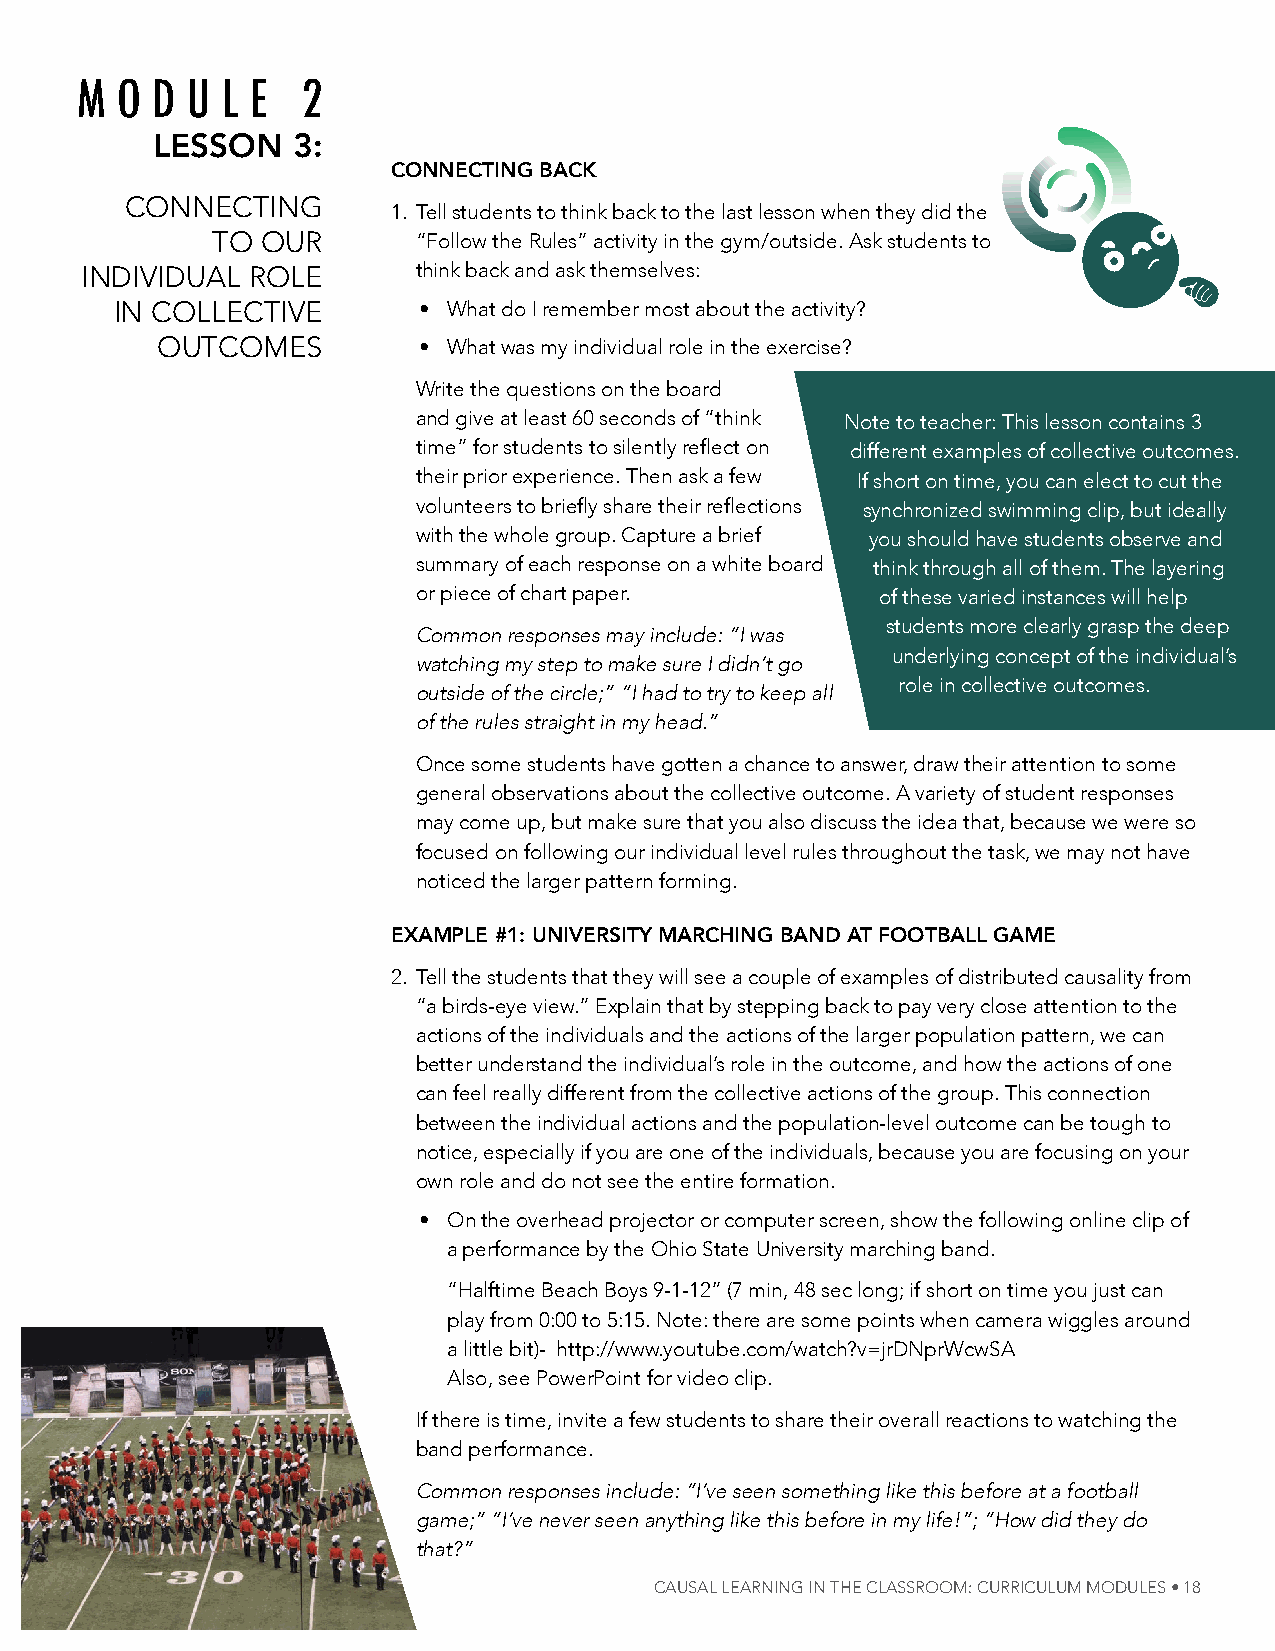
M  O D U  L E  2
 lesson   3:
 connecting bAck
 ConneCting
 1. tell students to think back to the last lesson when they did the
 to our        “Follow the rules” activity in the gym/outside. ask students to
 individual role        think back and ask themselves:
 in ColleCtive       • What do I remember most about the activity?
 outComes          • What was my individual role in the exercise?
 Write the questions on the board
 and give at least 60 seconds of “think note to teacher: this lesson contains 3
 time” for students to silently reflect on different examples of collective outcomes.
 their prior experience. then ask a few if short on time, you can elect to cut the
 volunteers to briefly share their reflections synchronized swimming clip, but ideally
 with the whole group. Capture a brief you should have students observe and
 summary of each response on a white board think through all of them. the layering
 or piece of chart paper.      of these varied instances will help
 students more clearly grasp the deep
 Common responses may include: “i was
 underlying concept of the individual’s
 watching my step to make sure i didn’t go
 role in collective outcomes.
 outside of the circle;” “i had to try to keep all
 of the rules straight in my head.”
 once some students have gotten a chance to answer, draw their attention to some
 general observations about the collective outcome. a variety of student responses
 may come up, but make sure that you also discuss the idea that, because we were so
 focused on following our individual level rules throughout the task, we may not have
 noticed the larger pattern forming.
 exAmple #1: university mArching bAnD At FootbAll gAme
 2. tell the students that they will see a couple of examples of distributed causality from
 “a birds-eye view.” explain that by stepping back to pay very close attention to the
 actions of the individuals and the actions of the larger population pattern, we can
 better understand the individual’s role in the outcome, and how the actions of one
 can feel really different from the collective actions of the group. this connection
 between the individual actions and the population-level outcome can be tough to
 notice, especially if you are one of the individuals, because you are focusing on your
 own role and do not see the entire formation.
 • on the overhead projector or computer screen, show the following online clip of
 a performance by the ohio state university marching band.
 “halftime Beach Boys 9-1-12” (7 min, 48 sec long; if short on time you just can
 play from 0:00 to 5:15. note: there are some points when camera wiggles around
 a little bit)- http://www.youtube.com/watch?v=jrDNprWcwSA
 also, see powerpoint for video clip.
 if there is time, invite a few students to share their overall reactions to watching the
 band performance.
 Common responses include: “i’ve seen something like this before at a football
 game;” “i’ve never seen anything like this before in my life!”; “how did they do
 that?”
 Causal learning in the Classroom: CurriCulum modules • 18